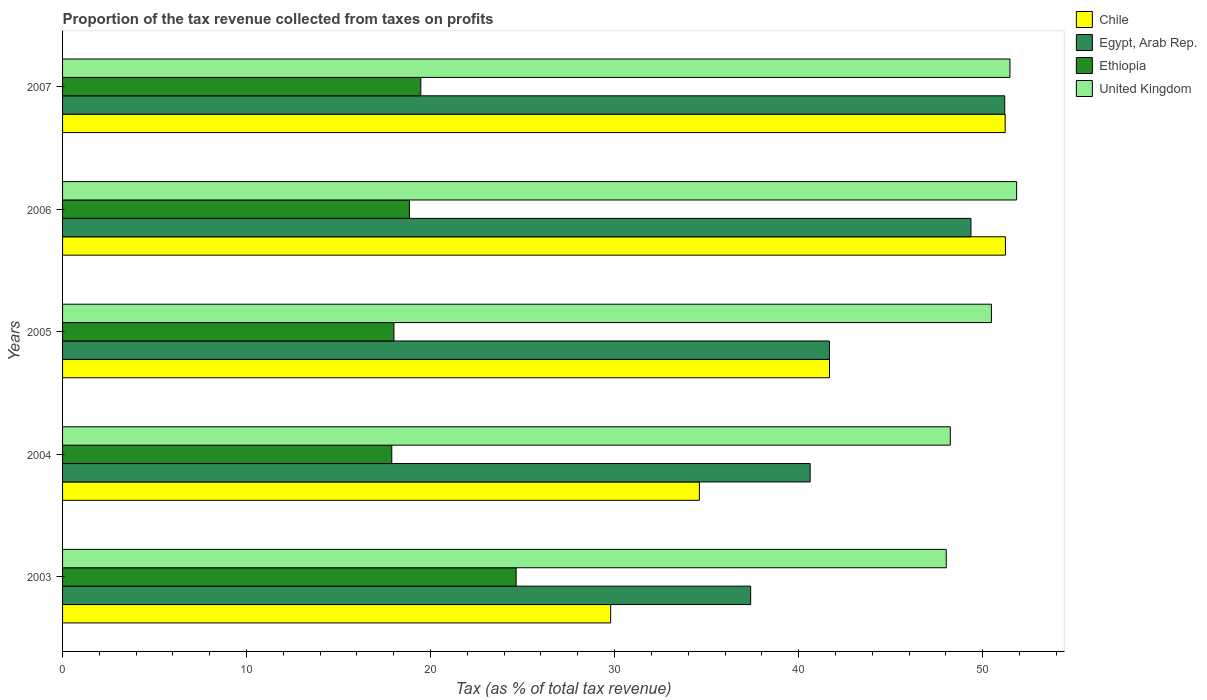
| Years | Chile | Egypt, Arab Rep. | Ethiopia | United Kingdom |
 | --- | --- | --- | --- | --- |
 | 2003 | 29.8 | 37.4 | 24.6 | 48 |
 | 2004 | 34.6 | 40.6 | 17.9 | 48.2 |
 | 2005 | 41.7 | 41.7 | 18 | 50.5 |
 | 2006 | 51.2 | 49.4 | 18.8 | 51.8 |
 | 2007 | 51.2 | 51.2 | 19.5 | 51.5 |